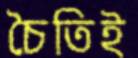
চৈতিই